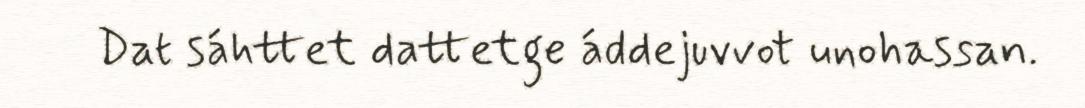
Dat sáhttet dattetge áddejuvvot unohassan.